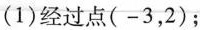
(1)经过点(-3，2)；